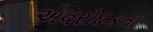
અવરોધકતા